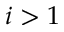
i > 1